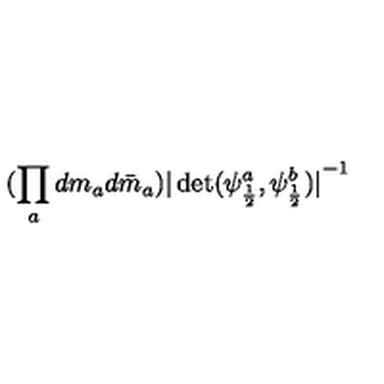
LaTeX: ( \prod _ { a } d m _ { a } d \bar { m } _ { a } ) { \vert \det ( \psi _ { \frac { 1 } { 2 } } ^ { a } , \psi _ { \frac { 1 } { 2 } } ^ { b } ) \vert } ^ { - 1 }